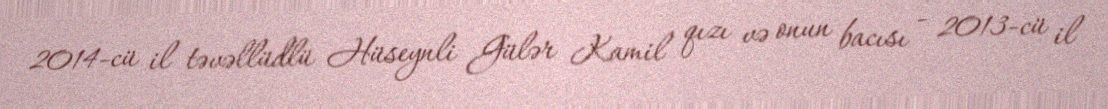
2014-cü il təvəllüdlü Hüseynli Gülər Kamil qızı və onun bacısı - 2013-cü il